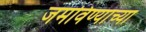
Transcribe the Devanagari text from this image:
जमविण्याच्या